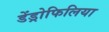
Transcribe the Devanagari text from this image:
डेंड्रोफिलिया